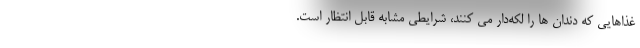
غذاهایی که دندان ها را لکه‌دار می کنند، شرایطی مشابه قابل انتظار است.